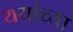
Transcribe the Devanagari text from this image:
ययांच्या